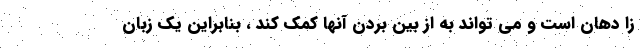
زا دهان است و می تواند به از بین بردن آنها کمک کند ، بنابراین یک زبان